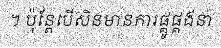
។ ប៉ុន្តែបើសិនមានការផ្គូផ្គងនា